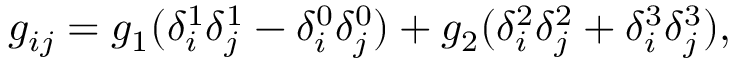
g _ { i j } = g _ { 1 } ( \delta _ { i } ^ { 1 } \delta _ { j } ^ { 1 } - \delta _ { i } ^ { 0 } \delta _ { j } ^ { 0 } ) + g _ { 2 } ( \delta _ { i } ^ { 2 } \delta _ { j } ^ { 2 } + \delta _ { i } ^ { 3 } \delta _ { j } ^ { 3 } ) ,